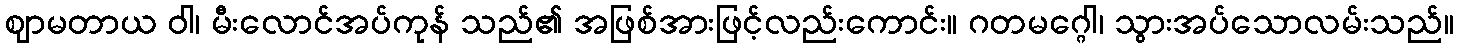
ဈာမတာယ ဝါ၊ မီးလောင်အပ်ကုန် သည်၏ အဖြစ်အားဖြင့်လည်းကောင်း။ ဂတမဂ္ဂေါ၊ သွားအပ်သောလမ်းသည်။